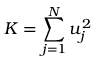
K = \sum _ { j = 1 } ^ { N } u _ { j } ^ { 2 }